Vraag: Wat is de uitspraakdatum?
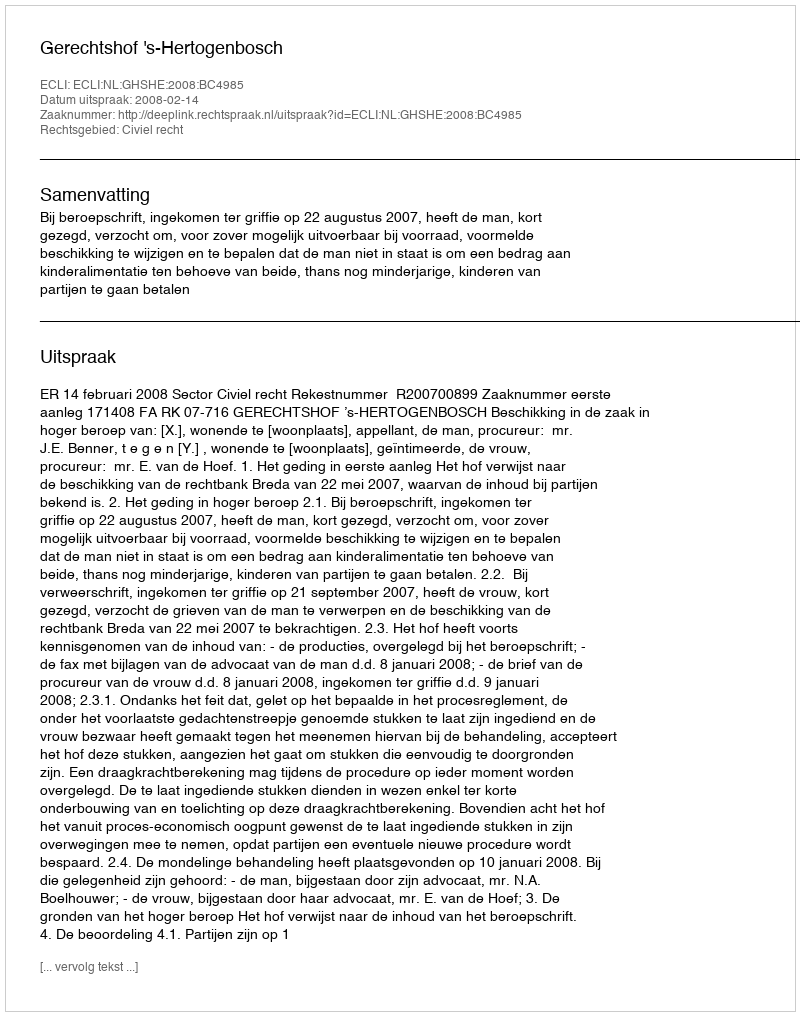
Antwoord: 2008-02-14